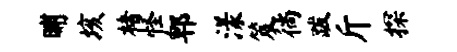
晡垓楮怪郫漾笈徜跋斤探